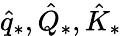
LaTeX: \hat{q}_{*},\hat{Q}_{*},\hat{K}_{*}